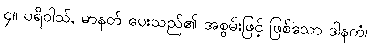
၄။ ပရိဝါသ်, မာနတ် ပေးသည်၏ အစွမ်းဖြင့် ဖြစ်သော ဒါနကံ၊